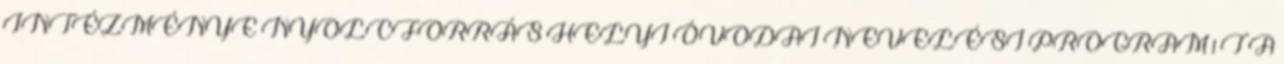
INTÉZMÉNYE NYOLCFORRÁS HELYI ÓVODAI NEVELÉSI PROGRAM 1 T A